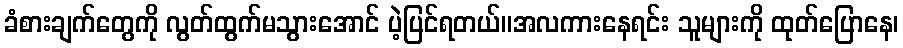
ခံစားချက်တွေကို လွတ်ထွက်မသွားအောင် ပဲ့ပြင်ရတယ်။အလကားနေရင်း သူများကို ထုတ်ပြောနေ၊